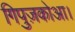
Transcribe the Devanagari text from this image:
गिपुज़कोआ।